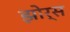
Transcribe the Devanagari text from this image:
झोर्स